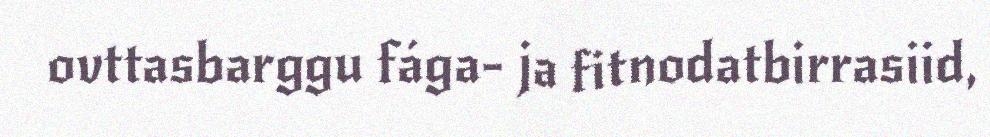
ovttasbarggu fága- ja fitnodatbirrasiid,